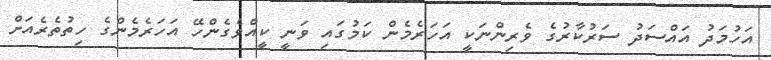
އަހުމަދު އައްސަދު ސަރުކާރުގެ ވެރިންނަކީ އަހަރެމެން ކަމުގައި ވަނީ ކީއްވެގެންހޭ އަހަރެމެންގެ ހިތުތެރެއަށް